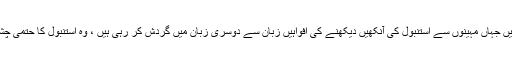
اس چینل میں جہاں مہینوں سے استنبول کی آنکھیں دیکھنے کی افواہیں زبان سے دوسری زبان میں گردش کر رہی ہیں ، وہ استنبول کا حتمی چشم کشا ہے۔